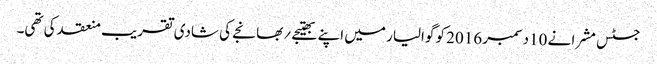
جسٹس مشرا نے 10دسمبر 2016 کو گوالیار میں اپنے بھتیجے؍بھانجے کی شادی تقریب منعقد کی تھی۔